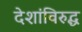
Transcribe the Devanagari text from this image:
देशांविरुद्ध